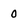
Character: 0